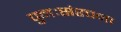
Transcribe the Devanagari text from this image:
पुनःसंरचना